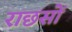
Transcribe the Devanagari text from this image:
राछसों